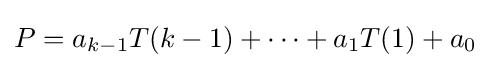
P=a_{k-1}T(k-1)+\dots +a_{1}T(1)+a_{0}